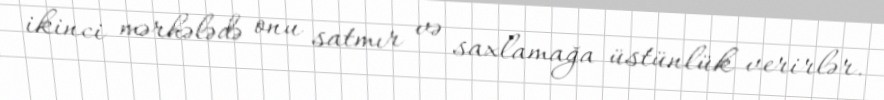
ikinci mərhələdə onu satmır və saxlamağa üstünlük verirlər.